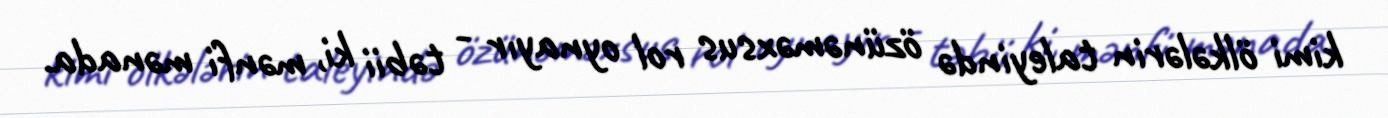
kimi ölkələrin taleyində özünəməxsus rol oynayır - təbii ki, mənfi mənada.